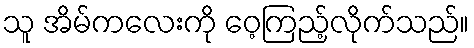
သူ အိမ်ကလေးကို ဝေ့ကြည့်လိုက်သည်။